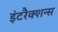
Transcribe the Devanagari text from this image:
इंटरैक्शन्स